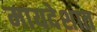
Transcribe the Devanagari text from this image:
मायदेशात